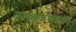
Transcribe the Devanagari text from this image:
राज्यकारभाराकडे